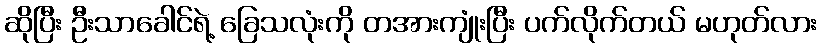
ဆိုပြီး ဦးသာခေါင်ရဲ့ ခြေသလုံးကို တအားကျုံးပြီး ပက်လိုက်တယ် မဟုတ်လား